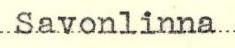
Savonlinna